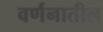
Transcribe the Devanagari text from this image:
वर्णनातील